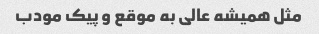
مثل همیشه عالی به موقع و پیک مودب